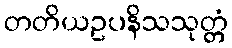
တတိယဥပနိသသုတ္တံ